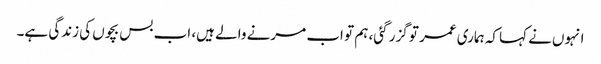
انہوں‌نے کہا کہ ہماری عمر تو گزر گئی، ہم تو اب مرنے والے ہیں، اب بس بچوں کی زندگی ہے۔